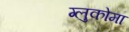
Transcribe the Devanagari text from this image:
ग्लुकोमा